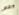
ورغم